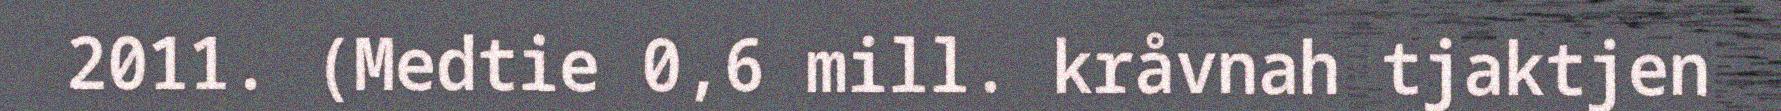
2011. (Medtie 0,6 mill. kråvnah tjaktjen